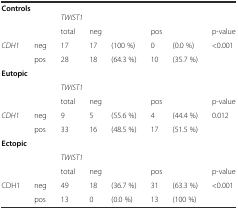
<table><thead><tr><td colspan="8"><b>Controls</b></td></tr></thead><tbody><tr><td rowspan="2" colspan="2"></td><td colspan="6"><i>TWIST1</i></td></tr><tr><td>total</td><td colspan="2">neg</td><td colspan="2">pos</td><td>p-value</td></tr><tr><td rowspan="2"><i>CDH1</i></td><td>neg</td><td>17</td><td>17</td><td>(100 %)</td><td>0</td><td>(0.0 %)</td><td rowspan="2">&lt;0.001</td></tr><tr><td>pos</td><td>28</td><td>18</td><td>(64.3 %)</td><td>10</td><td>(35.7 %)</td></tr><tr><td colspan="8"><b>Eutopic</b></td></tr><tr><td rowspan="2" colspan="2"></td><td colspan="6"><i>TWIST1</i></td></tr><tr><td>total</td><td colspan="2">neg</td><td colspan="2">pos</td><td>p-value</td></tr><tr><td rowspan="2"><i>CDH1</i></td><td>neg</td><td>9</td><td>5</td><td>(55.6 %)</td><td>4</td><td>(44.4 %)</td><td rowspan="2">0.012</td></tr><tr><td>pos</td><td>33</td><td>16</td><td>(48.5 %)</td><td>17</td><td>(51.5 %)</td></tr><tr><td colspan="8"><b>Ectopic</b></td></tr><tr><td rowspan="2" colspan="2"></td><td colspan="6"><i>TWIST1</i></td></tr><tr><td>total</td><td colspan="2">neg</td><td colspan="2">pos</td><td>p-value</td></tr><tr><td rowspan="2">CDH1</td><td>neg</td><td>49</td><td>18</td><td>(36.7 %)</td><td>31</td><td>(63.3 %)</td><td rowspan="2">&lt;0.001</td></tr><tr><td>pos</td><td>13</td><td>0</td><td>(0.0 %)</td><td>13</td><td>(100 %)</td></tr></tbody></table>